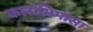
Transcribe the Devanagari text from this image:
कलामिमांसा